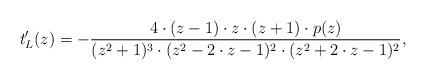
LaTeX: \begin{align*} t_L'(z) = - \frac{4 \cdot (z-1) \cdot z \cdot (z+1) \cdot p(z)} {(z^2+1)^3\cdot(z^2-2\cdot z-1)^2\cdot (z^2+2\cdot z-1)^2}, \end{align*}